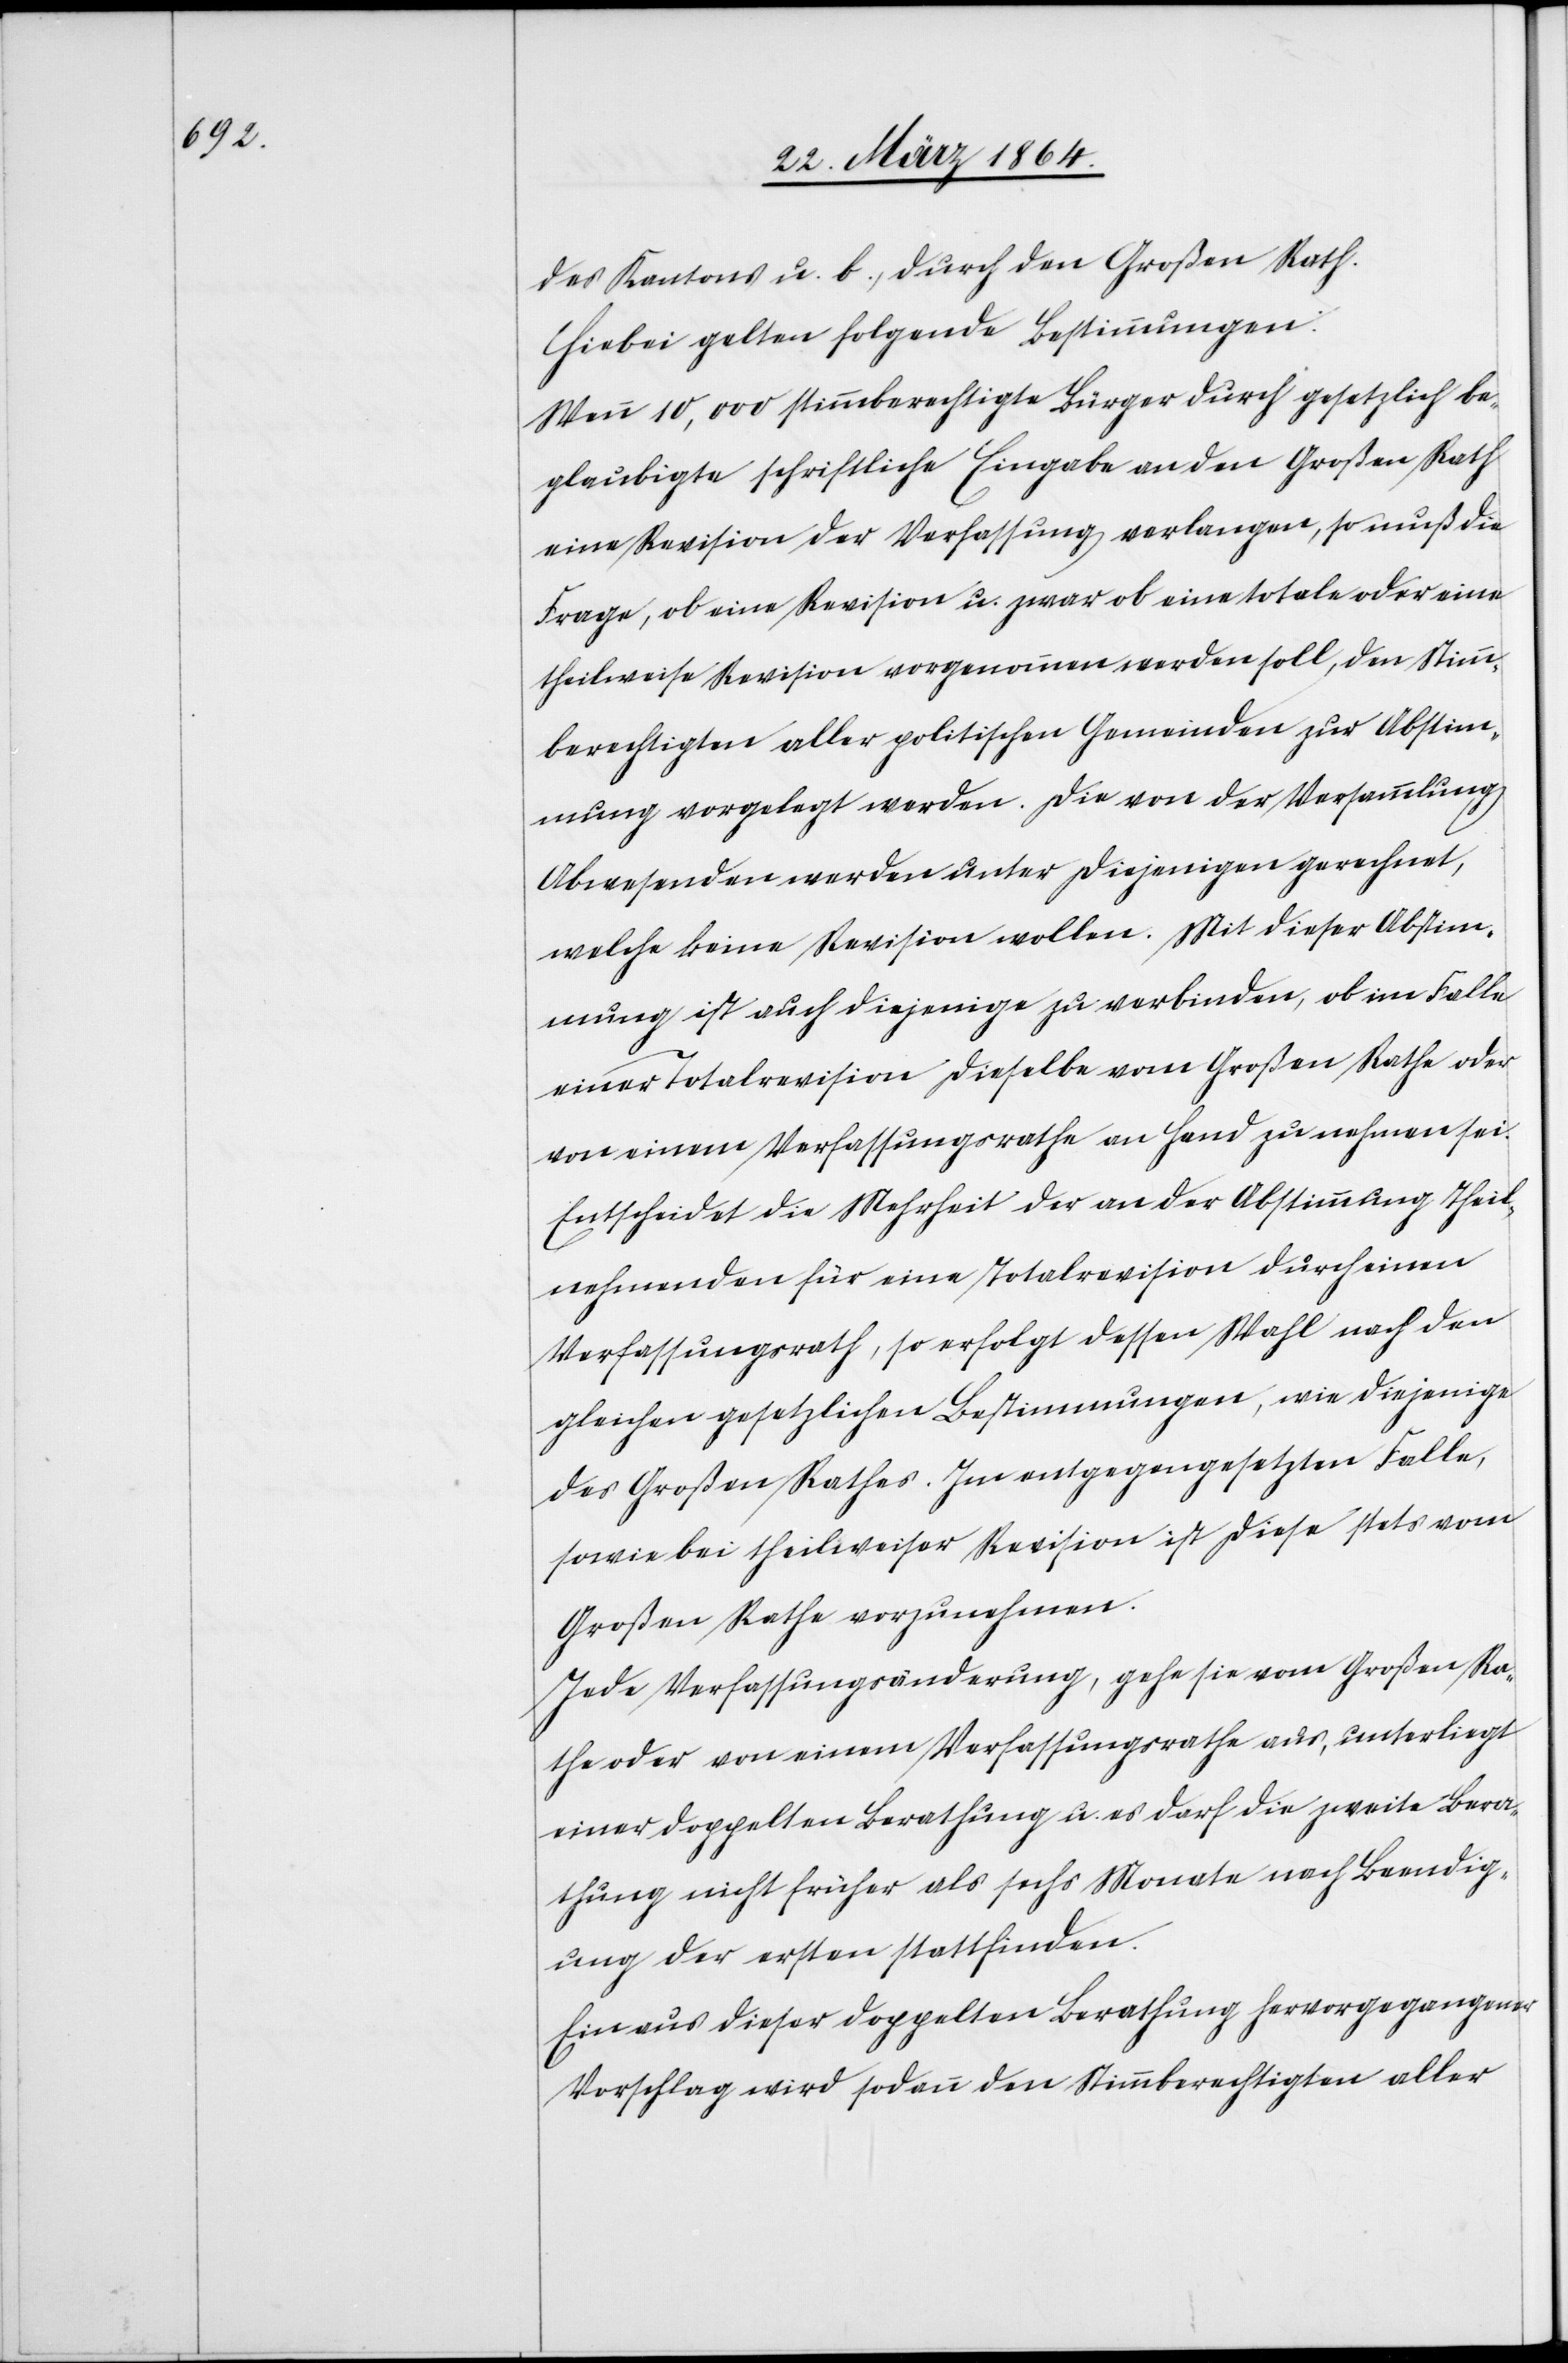
des Kantons u. b.) den Großen Rath.
Hiebei gelten folgende Bestimmungen:
Wenn 10,000 stimmberechtigte Bürger durch gesetzlich be¬
glaubigte schriftliche Eingabe an den Großen Rath
eine Revision der Verfassung verlangen, so muß die
Frage, ob eine Revision u. zwar ob eine totale oder eine
theilweise Revision vorgenommen werden soll, den Stimm¬
berechtigten aller politischen Gemeinden zur Abstim¬
mung vorgelegt werden. Die von der Versammlung
Abwesenden werden unter diejenigen gerechnet,
welche keine Revision wollen. Mit dieser Abstim¬
mung ist auch diejenige zu verbinden, ob im Falle
einer Totalrevision dieselbe vom Großen Rathe oder
von einem Verfassungsrathe an Hand zu nehmen sei.
Entscheidet die Mehrheit der an der Abstimmung Theil¬
nehmenden für eine Totalrevision durch einen
Verfassungsrath, so erfolgt dessen Wahl nach den
gleichen gesetzlichen Bestimmungen, wie diejenige
des Großen Rathes. Im entgegengesetzten Falle,
sowie bei theilweiser Revision ist diese stets vom
Großen Rathe vorzunehmen.
Jede Verfassungsänderung, gehe sie vom Großen Ra¬
the oder von einem Verfassungsrathe aus, unterliegt
einer doppelten Berathung u. es darf die zweite Bera¬
thung nicht früher als sechs Monate nach Beendig¬
ung der ersten stattfinden.
Ein aus dieser doppelten Berathung hervorgegangener
Vorschlag wird sodann den Stimmberechtigten aller